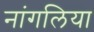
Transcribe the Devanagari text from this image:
नांगलिया